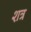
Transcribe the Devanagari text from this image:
शत्र